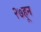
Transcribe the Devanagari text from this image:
२७हून